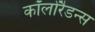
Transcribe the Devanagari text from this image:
कॉलोरैडन्स